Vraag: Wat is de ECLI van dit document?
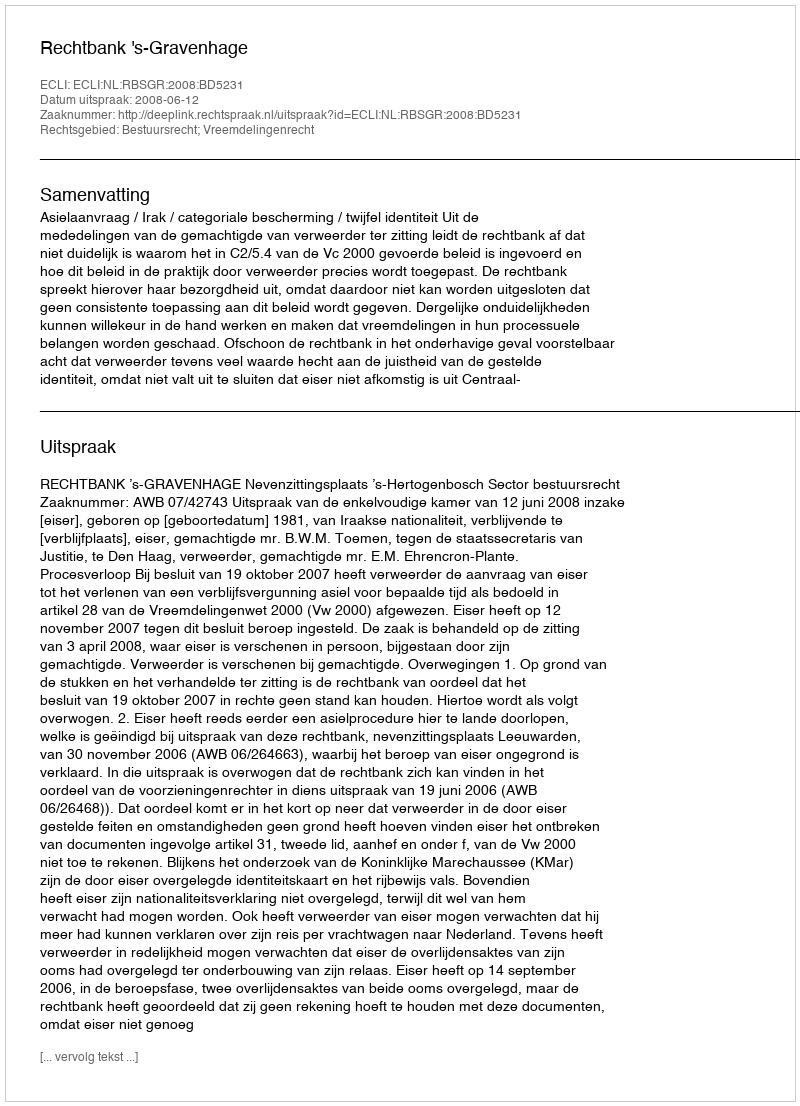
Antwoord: ECLI:NL:RBSGR:2008:BD5231